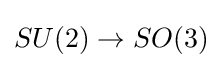
SU(2)\to SO(3)